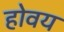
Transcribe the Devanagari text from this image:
होवय